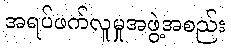
အရပ်ဖက်လူမှုအဖွဲ့အစည်း